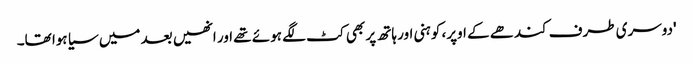
'دوسری طرف کندھے کے اوپر، کوہنی اور ہاتھ پر بھی کٹ لگے ہوئے تھے اور انھیں بعد میں سیا ہوا تھا۔